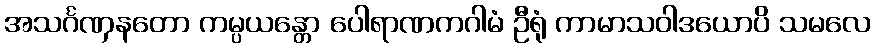
အသင်္ဂဏှနတော ကမ္ပယန္တော ပေါရာဏကဂါမံ ဦရုံ ကာမာသဝါဒယောပိ သမလေ